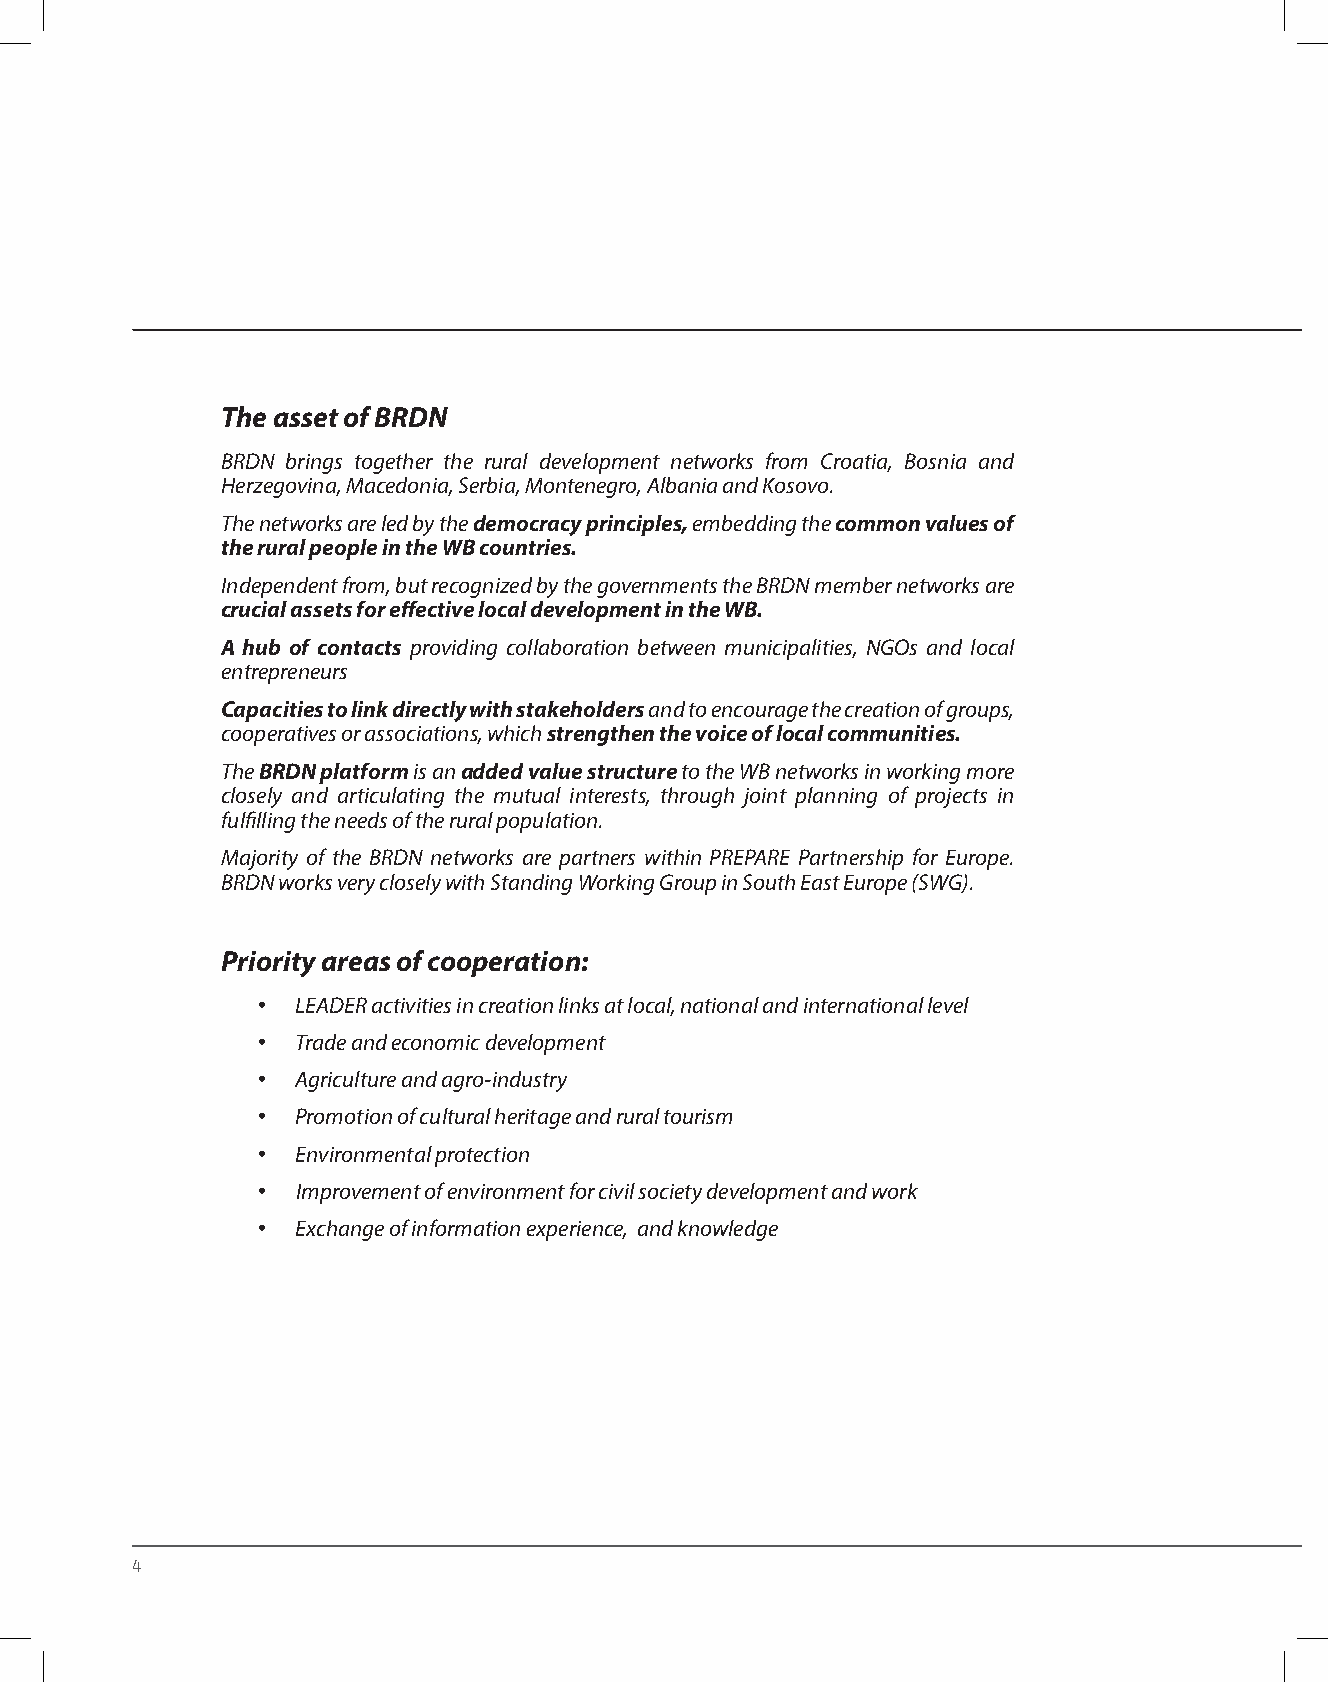
The asset of BRDN
 BRDN brings together the rural development networks from Croatia, Bosnia and
 Herzegovina, Macedonia, Serbia, Montenegro, Albania and Kosovo.
 The networks are led by the democracy principles, embedding the common values of
 the rural people in the WB countries.
 Independent from, but recognized by the governments the BRDN member networks are
 crucial assets for effective local development in the WB.
 A hub of contacts providing collaboration between municipalities, NGOs and local
 entrepreneurs
 Capacities to link directly with stakeholders and to encourage the creation of groups,
 cooperatives or associations, which strengthen the voice of local communities.
 The BRDN platform is an added value structure to the WB networks in working more
 closely and articulating the mutual interests, through joint planning of projects in
 fulfilling the needs of the rural population.
 Majority of the BRDN networks are partners within PREPARE Partnership for Europe.
 BRDN works very closely with Standing Working Group in South East Europe (SWG).
 Priority areas of cooperation:
 •  LEADER activities in creation links at local, national and international level
 •  Trade and economic development
 •  Agriculture and agro-industry
 •  Promotion of cultural heritage and rural tourism
 •  Environmental protection
 •  Improvement of environment for civil society development and work
 •  Exchange of information experience, and knowledge
 4